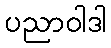
ပညာဝါဒါ